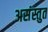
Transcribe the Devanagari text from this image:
असंस्तुत